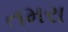
તમરા